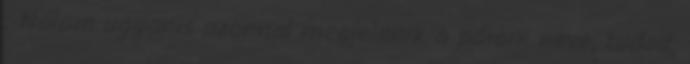
: Nálam ugyanis azonnal megjelenik a párom neve, tudod,